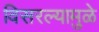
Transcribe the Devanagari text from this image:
विसरल्यामुळे